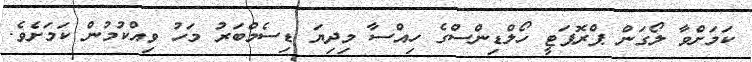
ކަމަށްވާ ލޯގަން ޕްރޮޕަޓީ ހޯލްޑިންސްގެ ހިއްސާ މިދިޔަ ޑިސެމްބަރު މަހު ވިއްކުމުން ކަމަށެވެ.